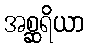
အစ္ဆရိယာ